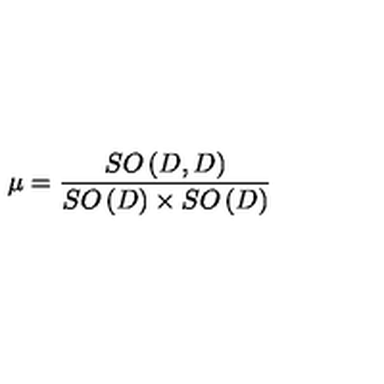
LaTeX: \mu = \frac { S O \left( D , D \right) } { S O \left( D \right) \times S O \left( D \right) }